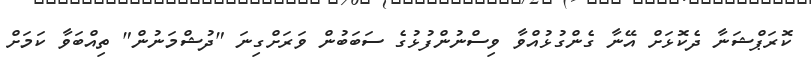
ކޮރަޕްޝަނާ ދެކޮޅަށް އޭނާ ގެންގުޅުއްވާ ވިސްނުންފުޅުގެ ސަބަބުން ވަރަށްގިނަ "ދުޝްމަނުން" ތިއްބަވާ ކަމަށް